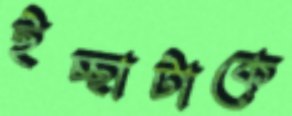
ইচ্ছাটাকে